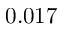
0 . 0 1 7